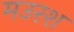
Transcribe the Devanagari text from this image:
मउरश